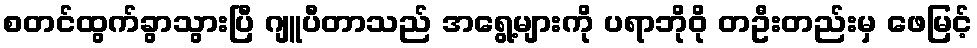
စတင်ထွက်ခွာသွားပြီ ဂျူပီတာသည် အရွေ့များကို ပရာဘိုဝို တဦးတည်းမှ ဖေမြင့်